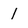
Character: 1